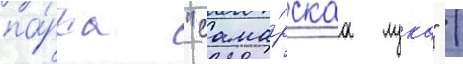
па́рка "сама́рскаа лука" /